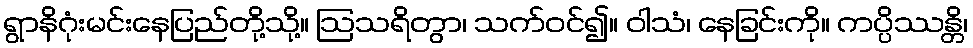
ရွာနိဂုံးမင်းနေပြည်တို့သို့။ ဩသရိတွာ၊ သက်ဝင်၍။ ဝါသံ၊ နေခြင်းကို။ ကပ္ပိဿန္တိ၊